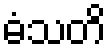
ဓံသတိ